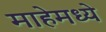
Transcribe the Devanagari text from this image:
माहेमध्ये